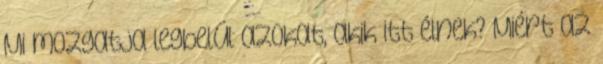
Mi mozgatja legbelül azokat, akik itt élnek? Miért az